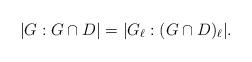
LaTeX: \begin{align*} | G : G\cap D | = | G_\ell : (G\cap D)_\ell |.\end{align*}